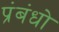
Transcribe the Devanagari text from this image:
प्रंबंधो